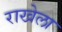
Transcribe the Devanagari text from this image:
राखेला